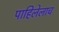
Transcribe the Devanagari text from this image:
पाहिलेलाच